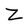
Character: Z